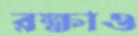
রক্ষাও